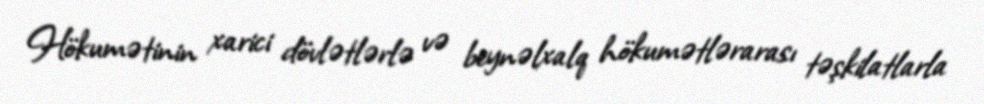
Hökumətinin xarici dövlətlərlə və beynəlxalq hökumətlərarası təşkilatlarla